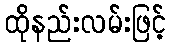
ထိုနည်းလမ်းဖြင့်